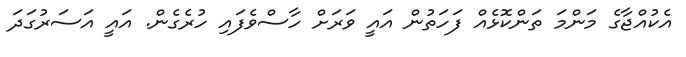
އެކުއްޖާގެ މަންމަ ތަންކޮޅެއް ފަހަތުން އައީ ވަރަަށް ހާސްވެފައި ހުރެގެން. އައީ އަސަރުގަދަ